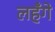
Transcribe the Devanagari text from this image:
लहँगे